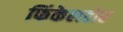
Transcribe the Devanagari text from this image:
फिंकेलहोर